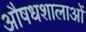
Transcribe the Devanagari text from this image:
औषधशालाओं